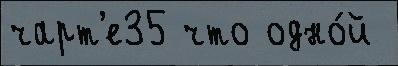
чарт'е35 что одно́й